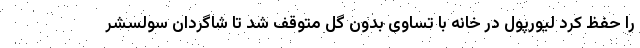
را حفظ کرد لیورپول در خانه با تساوی بدون گل متوقف شد تا شاگردان سولسشر